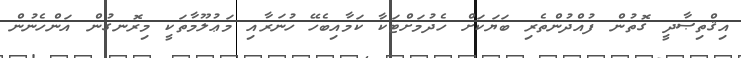
އިޤްތިޞާދީ ގޮތުން ފުއްދުންތެރި ބަޔަކަށް ހެދުމަށްޓަކާ ކަމާއިބެހޭ ހުނަރާއި މަޢުލޫމާތަކީ މިރޮނގުން އަންހެނުން